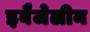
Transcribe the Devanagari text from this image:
इवैजेलीन